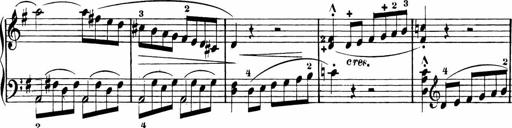
Title: Rosen ohne Dornen
Composer: Gustav Lange